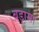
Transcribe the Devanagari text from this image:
बड़ासा